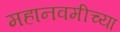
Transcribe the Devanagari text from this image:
महानवमीच्या